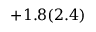
+ 1 . 8 ( 2 . 4 ) \